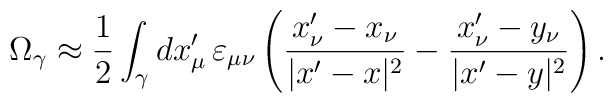
\Omega_\gamma\approx\frac{1}{2}\int_\gamma dx'_\mu\, \varepsilon_{\mu \nu}\left(\frac{x'_\nu-x_\nu}{|x'-x|^2} -\frac{x'_\nu-y_\nu}{|x'-y|^2} \right).